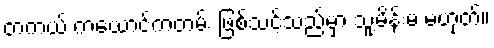
တကယ် ကယောင်ကတမ်း ဖြစ်သင့်သည်မှာ သူ့မိန်းမ မဟုတ်။